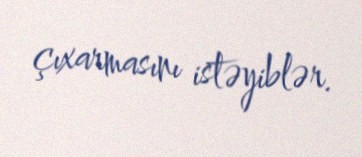
çıxarmasını istəyiblər.